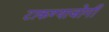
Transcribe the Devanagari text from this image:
टाकण्याजोगी